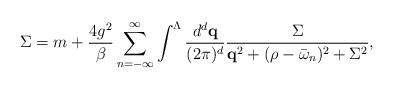
\begin{align*}\Sigma=m+\frac{4g^{2}}{\beta} \sum_{n=-\infty}^{\infty} \int^{\Lambda}\frac{d^{d}{\bf q}}{(2\pi)^{d}} \frac{\Sigma}{{\bf q}^{2}+(\rho-\bar{\omega}_{n})^{2}+\Sigma^{2}},\end{align*}